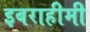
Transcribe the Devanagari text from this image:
इबराहीमी